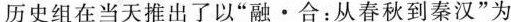
历史组在当天推出了以”融·合：从春秋到秦汉”为